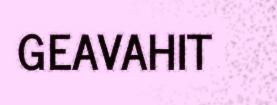
GEAVAHIT